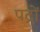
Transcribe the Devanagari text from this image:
पद्रों